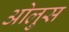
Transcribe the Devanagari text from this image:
ओलुस